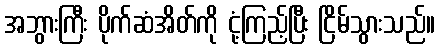
အဘွားကြီး ပိုက်ဆံအိတ်ကို ငုံ့ကြည့်ပြီး ငြိမ်သွားသည်။